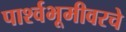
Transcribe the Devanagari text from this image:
पार्श्वभूमीवरचे